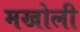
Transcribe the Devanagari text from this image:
मखोली